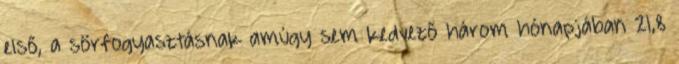
első, a sörfogyasztásnak amúgy sem kedvező három hónapjában 21,8